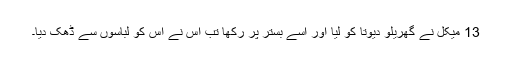
13 میکل نے گھریلو دیوتا کو لیا اور اسے بستر پر رکھا تب اس نے اس کو لباسوں سے ڈھک دیا۔